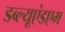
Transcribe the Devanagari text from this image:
डब्ल्यूएंडएम